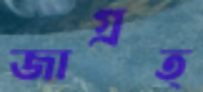
জাগ্রত্